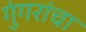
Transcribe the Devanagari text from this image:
गुंगरांचा